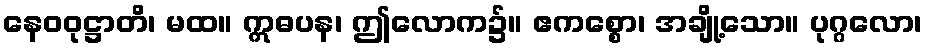
နေဝဝုဋ္ဌာတိ၊ မထ။ ဣဓပန၊ ဤလောက၌။ ဧကစ္စော၊ အချို့သော။ ပုဂ္ဂလော၊